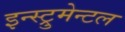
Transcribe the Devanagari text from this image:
इन्स्ट्रुमेन्टल